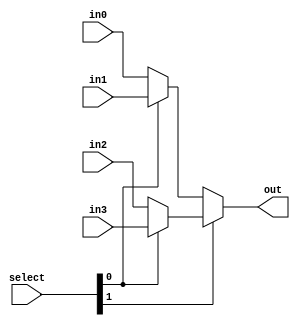
module ThirtyTwoBitMux(in0, in1, in2, in3, select, out);
    input [1 : 0] select;
    input [31 : 0] in0, in1, in2, in3;
    output [31 : 0] out;
    assign out = select[1] ? (select[0] ? in3 : in2) : (select[0] ? in1 : in0);
endmodule